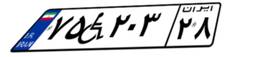
۷۵W۲۰۳۲۸